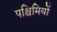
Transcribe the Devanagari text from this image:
पश्चिमियों